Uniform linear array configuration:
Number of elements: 4
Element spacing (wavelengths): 0.25
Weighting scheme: cosine
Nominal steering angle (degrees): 15
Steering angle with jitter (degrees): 16.88
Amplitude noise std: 0.05
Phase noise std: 0.05

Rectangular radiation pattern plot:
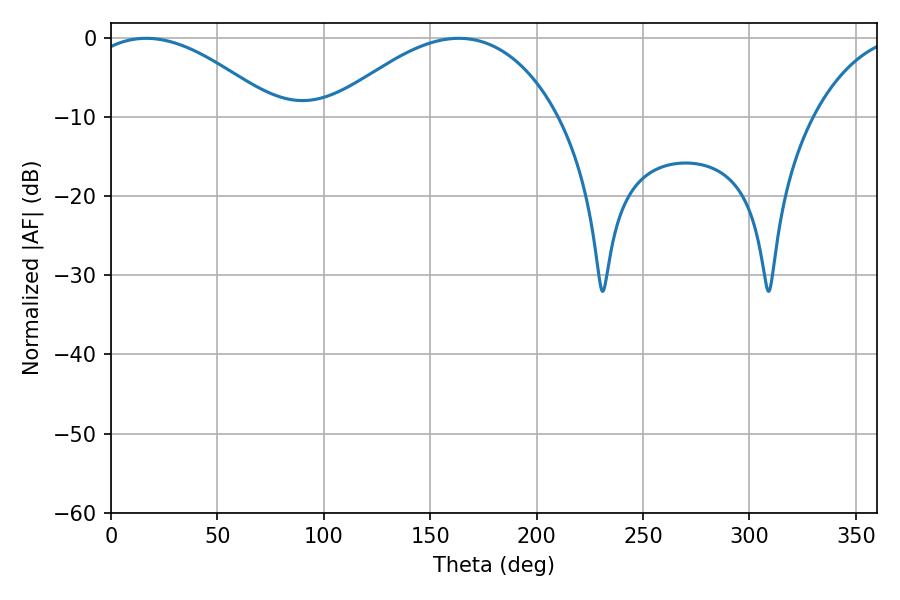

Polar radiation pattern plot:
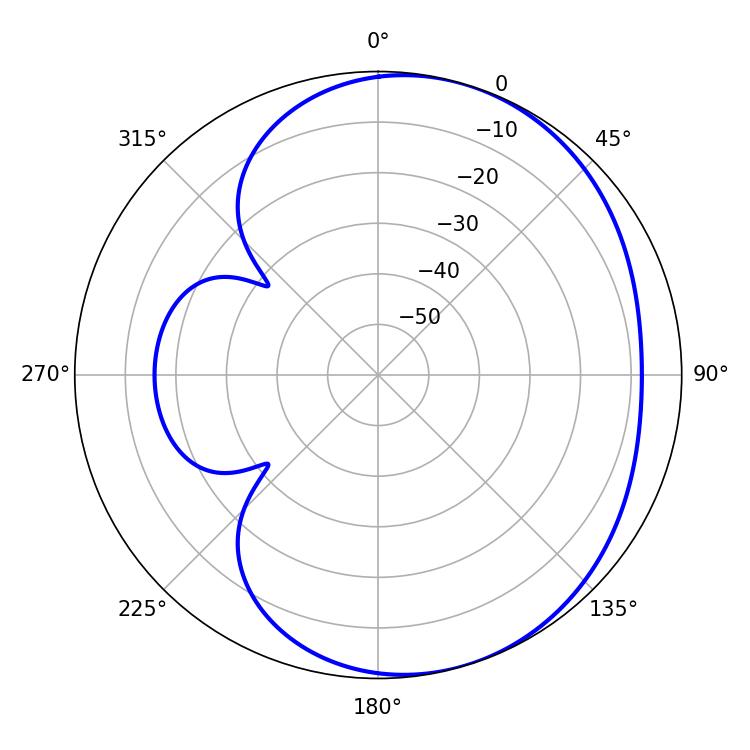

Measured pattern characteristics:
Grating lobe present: FALSE
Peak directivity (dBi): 4.14
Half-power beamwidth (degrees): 49.14
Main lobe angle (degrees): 16.56